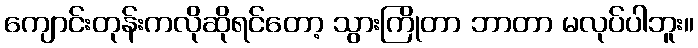
ကျောင်းတုန်းကလိုဆိုရင်တော့ သွားကြိုတာ ဘာတာ မလုပ်ပါဘူး။